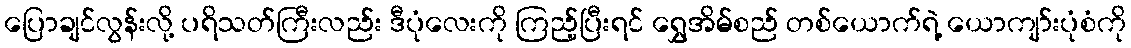
ပြောချင်လွန်းလို့ ပရိသတ်ကြီးလည်း ဒီပုံလေးကို ကြည့်ပြီးရင် ရွှေအိမ်စည် တစ်ယောက်ရဲ့ ယောကျာ်းပုံစံကို